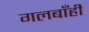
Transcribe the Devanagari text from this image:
गलबाँही